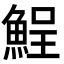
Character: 𩷣